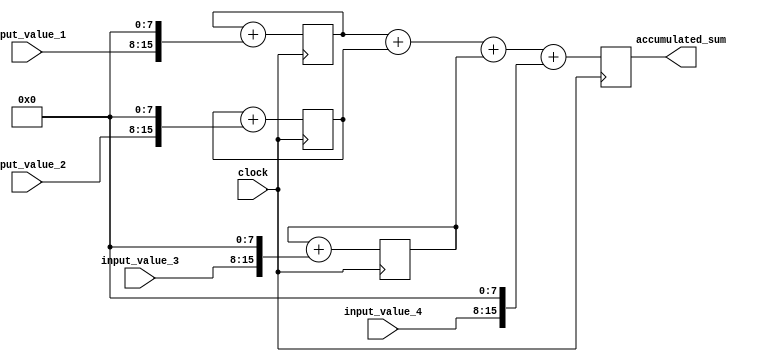
module parallel_accumulator (
    input wire [7:0] input_value_1,
    input wire [7:0] input_value_2,
    input wire [7:0] input_value_3,
    input wire [7:0] input_value_4,
    input wire clock,
    output reg [31:0] accumulated_sum
);

reg [31:0] sum_temp_1;
reg [31:0] sum_temp_2;
reg [31:0] sum_temp_3;

always @(posedge clock) begin
sum_temp_1 <= sum_temp_1 + {input_value_1, 8'b0};
sum_temp_2 <= sum_temp_2 + {input_value_2, 8'b0};
sum_temp_3 <= sum_temp_3 + {input_value_3, 8'b0};

accumulated_sum <= sum_temp_1 + sum_temp_2 + sum_temp_3 + {input_value_4, 8'b0};
end

endmodule